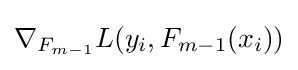
\nabla _{F_{m-1}}L(y_{i},F_{m-1}(x_{i}))